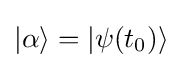
|\alpha \rangle =|\psi (t_{0})\rangle